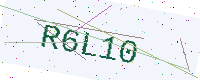
Text: R6L10